Scottish Leaving Certificate Examination, 1957
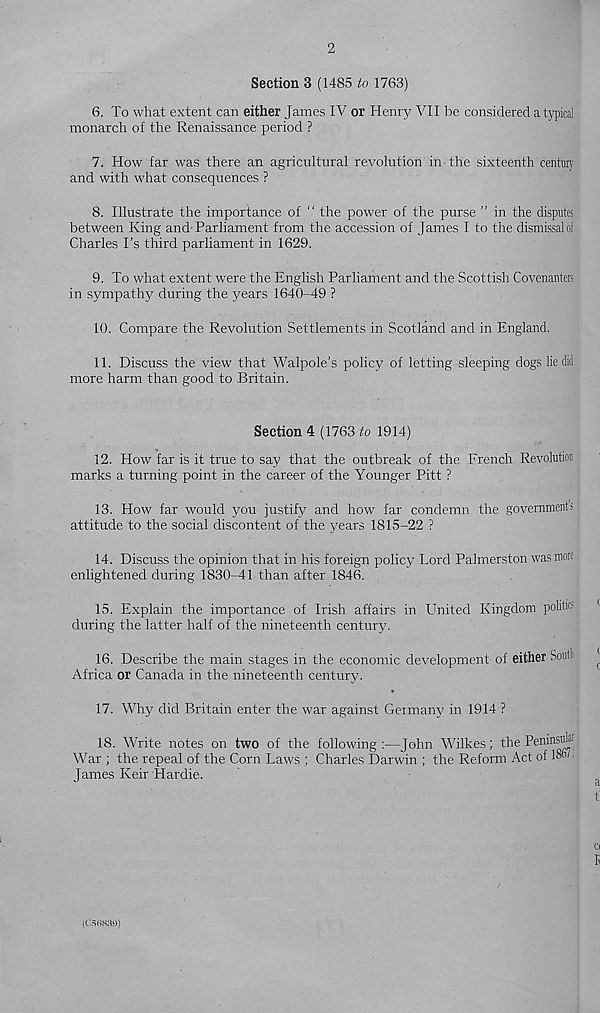
2
Section 3 (1485 to 1763)
6. To what extent can either James IV or Henry VII be considered a typical
monarch of the Renaissance period ?
7. How far was there an agricultural revolution in the sixteenth centurv
and with what consequences ?
8. Illustrate the importance of “ the power of the purse ” in the disputes
between King aird-Parliament from the accession of James I to the dismissals
Charles I’s third parliament in 1629.
9. To what extent were the English Parliament and the Scottish Covenanters
in sympathy during the years 1640-49 ?
10. Compare the Revolution Settlements in Scotland and in England.
11. Discuss the view that Walpole’s policy of letting sleeping dogs lie did
more harm than good to Britain.
Section 4 (1763 to 1914)
12. How far is it true to say that the outbreak of the French Revolution
marks a turning point in the career of the Younger Pitt ?
13. How far would you justify and how far condemn the governments
attitude to the social discontent of the years 1815-22 ?
14. Discuss the opinion that in his foreign policy Lord Palmerston was more
enlightened during 1830-41 than after 1846.
15. Explain the importance of Irish affairs in United Kingdom politie
during the latter half of the nineteenth century.
16. Describe the main stages in the economic development of either Soldi
|
Africa or Canada in the nineteenth century.
17. Why did Britain enter the war against Germany in 1914 ?
18. Write notes on two of the following :—John Wilkes; the Peninsula 1
War ; the repeal of the Corn Laws ; Charles Darwin ; the Reform Act of 18m ■
James Keir Hardie.
t
Cl
I
(CSIWUt))